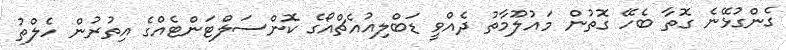
ގެންގުޅޭނެ ގޮތާ ބެހޭ ގޮތުން މައުލޫމާތު ދެއްވީ ޑަބްލިއުއެޗްއޯގެ ކޮންސަލްޓަންޓެއްގެ އިތުރުން ހެލްތު